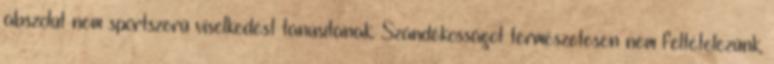
abszolút nem sportszerű viselkedést tanúsítanak. Szándékosságot természetesen nem feltételezünk,